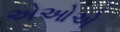
એઓએ